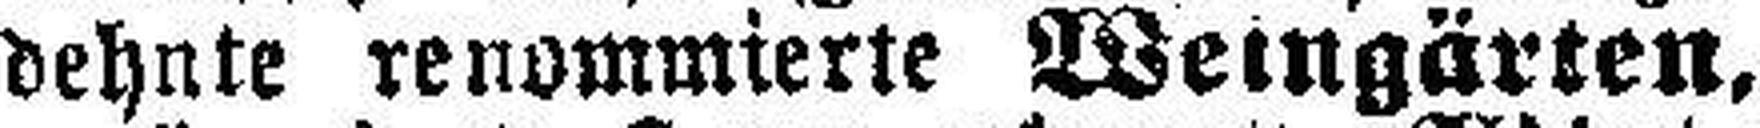
dehnte renommierte Weingärten,